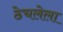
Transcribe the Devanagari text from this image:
ठेचलेला